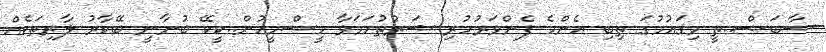
ސާބަސް..ތީ މިޤައުމުގަ ތިބި އެންމެ ފެންވަރުހުރި ޝަރުތުހަމަވާ މީސްމީހުން..ކީކޭ ބުނާނީ ބޭކާރު ލާރިތަކެއް